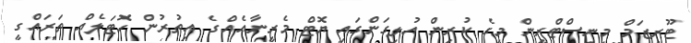
ޓޫރިޒަމް މިނިސްޓްރީން މީގެ ކުރިން އުލިގަންގައި ޔޮޓް މެރީނާއެއްގެ އިތުރުން ހޮޓަލެއް ތަރައްގީ